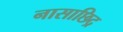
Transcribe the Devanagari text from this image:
नासाछिद्र